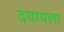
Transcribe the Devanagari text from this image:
दयायला